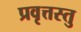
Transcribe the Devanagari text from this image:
प्रवृत्तस्तु